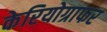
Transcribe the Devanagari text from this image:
केरियोग्राफर